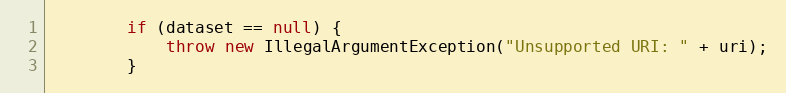
Language: Java
		if (dataset == null) {
			throw new IllegalArgumentException("Unsupported URI: " + uri);
		}